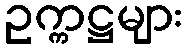
ဥက္ကဋ္ဌများ